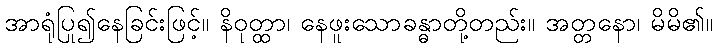
အာရုံပြု၍နေခြင်းဖြင့်။ နိဝုတ္ထာ၊ နေဖူးသောခန္ဓာတို့တည်း။ အတ္တနော၊ မိမိ၏။